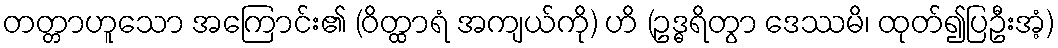
တတ္တာဟူသော အကြောင်း၏ (ဝိတ္ထာရံ အကျယ်ကို) ဟိ (ဥဒ္ဓရိတွာ ဒေဿမိ၊ ထုတ်၍ပြဦးအံ့)